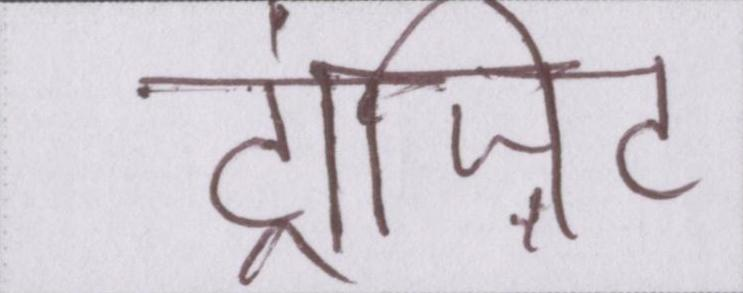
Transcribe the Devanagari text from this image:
ट्रांज़िट